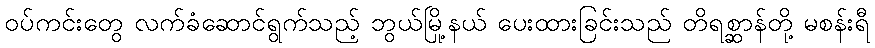
ဝပ်ကင်းတွေ လက်ခံဆောင်ရွက်သည့် ဘွယ်မြို့နယ် ပေးထားခြင်းသည် တိရစ္ဆာန်တို့ မစန်းရီ